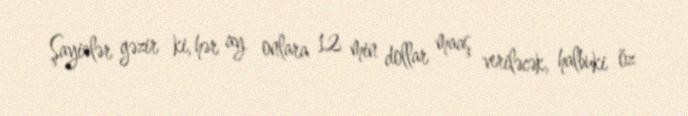
Şayiələr gəzir ki, hər ay onlara 12 min dollar maaş veriləcək, halbuki öz